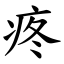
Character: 疼